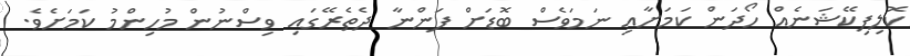
ކޮލިފިކޭޝަނެއް ހޯދަން ކަމަށާއި ނަމަވެސް ބޮޑަށް ފަންނާ ދެތެރޭގައި ވިސްނުން މުހިންމު ކަމަށެވެ.